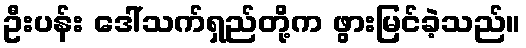
ဦးပန်း ဒေါ်သက်ရှည်တို့က ဖွားမြင်ခဲ့သည်။